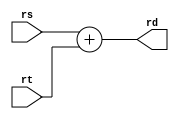
module add(rd, rs, rt );

input signed[31:0] rs,rt;
output signed[31:0] rd;

assign rd = rs + rt;

endmodule